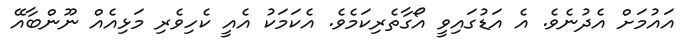
އައުމަށް އެދުނެވެ. އެ އަޑުގައިވީ އޯގާތެރިކަމެވެ. އެކަމަކު އެއީ ކެހިވެރި މަޅިއެއް ނޫންބާއޭ